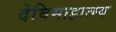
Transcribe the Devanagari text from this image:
देविमाहात्म्य